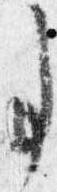
事